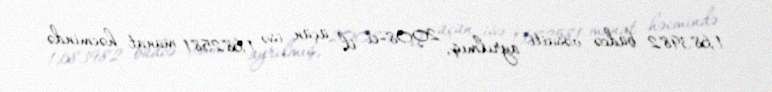
1,683982 büdcə vəsaiti ayrılmış, 2008-ci il üçün isə 1,682581 manat həcmində